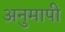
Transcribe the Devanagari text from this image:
अनुमापी